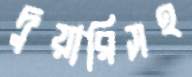
দুয়ারিসহ